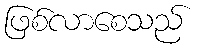
ဖြစ်လာစေသည်